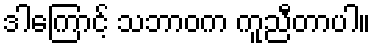
ဒါကြောင့် သဘာဝက ကူညီတာပါ။